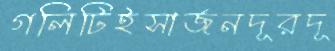
গলিটিইসার্জনদূরদূ